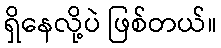
ရှိနေလို့ပဲ ဖြစ်တယ်။